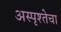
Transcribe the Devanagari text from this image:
अस्पृश्तेचा